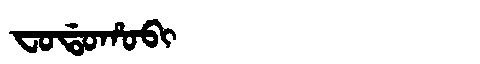
Manchu: ᠸᠣᡩᠣᡥᠣᠪᡳ
Romanization: FODOHOBI